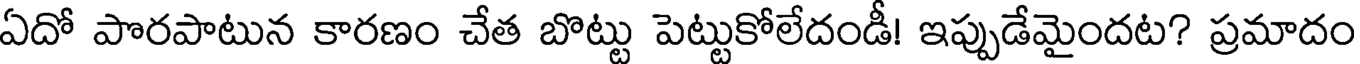
ఏదో పొరపాటున కారణం చేత బొట్టు పెట్టుకోలేదండీ! ఇప్పుడేమైందట? ప్రమాదం